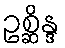
ဥစ္ဆိန္ဒ